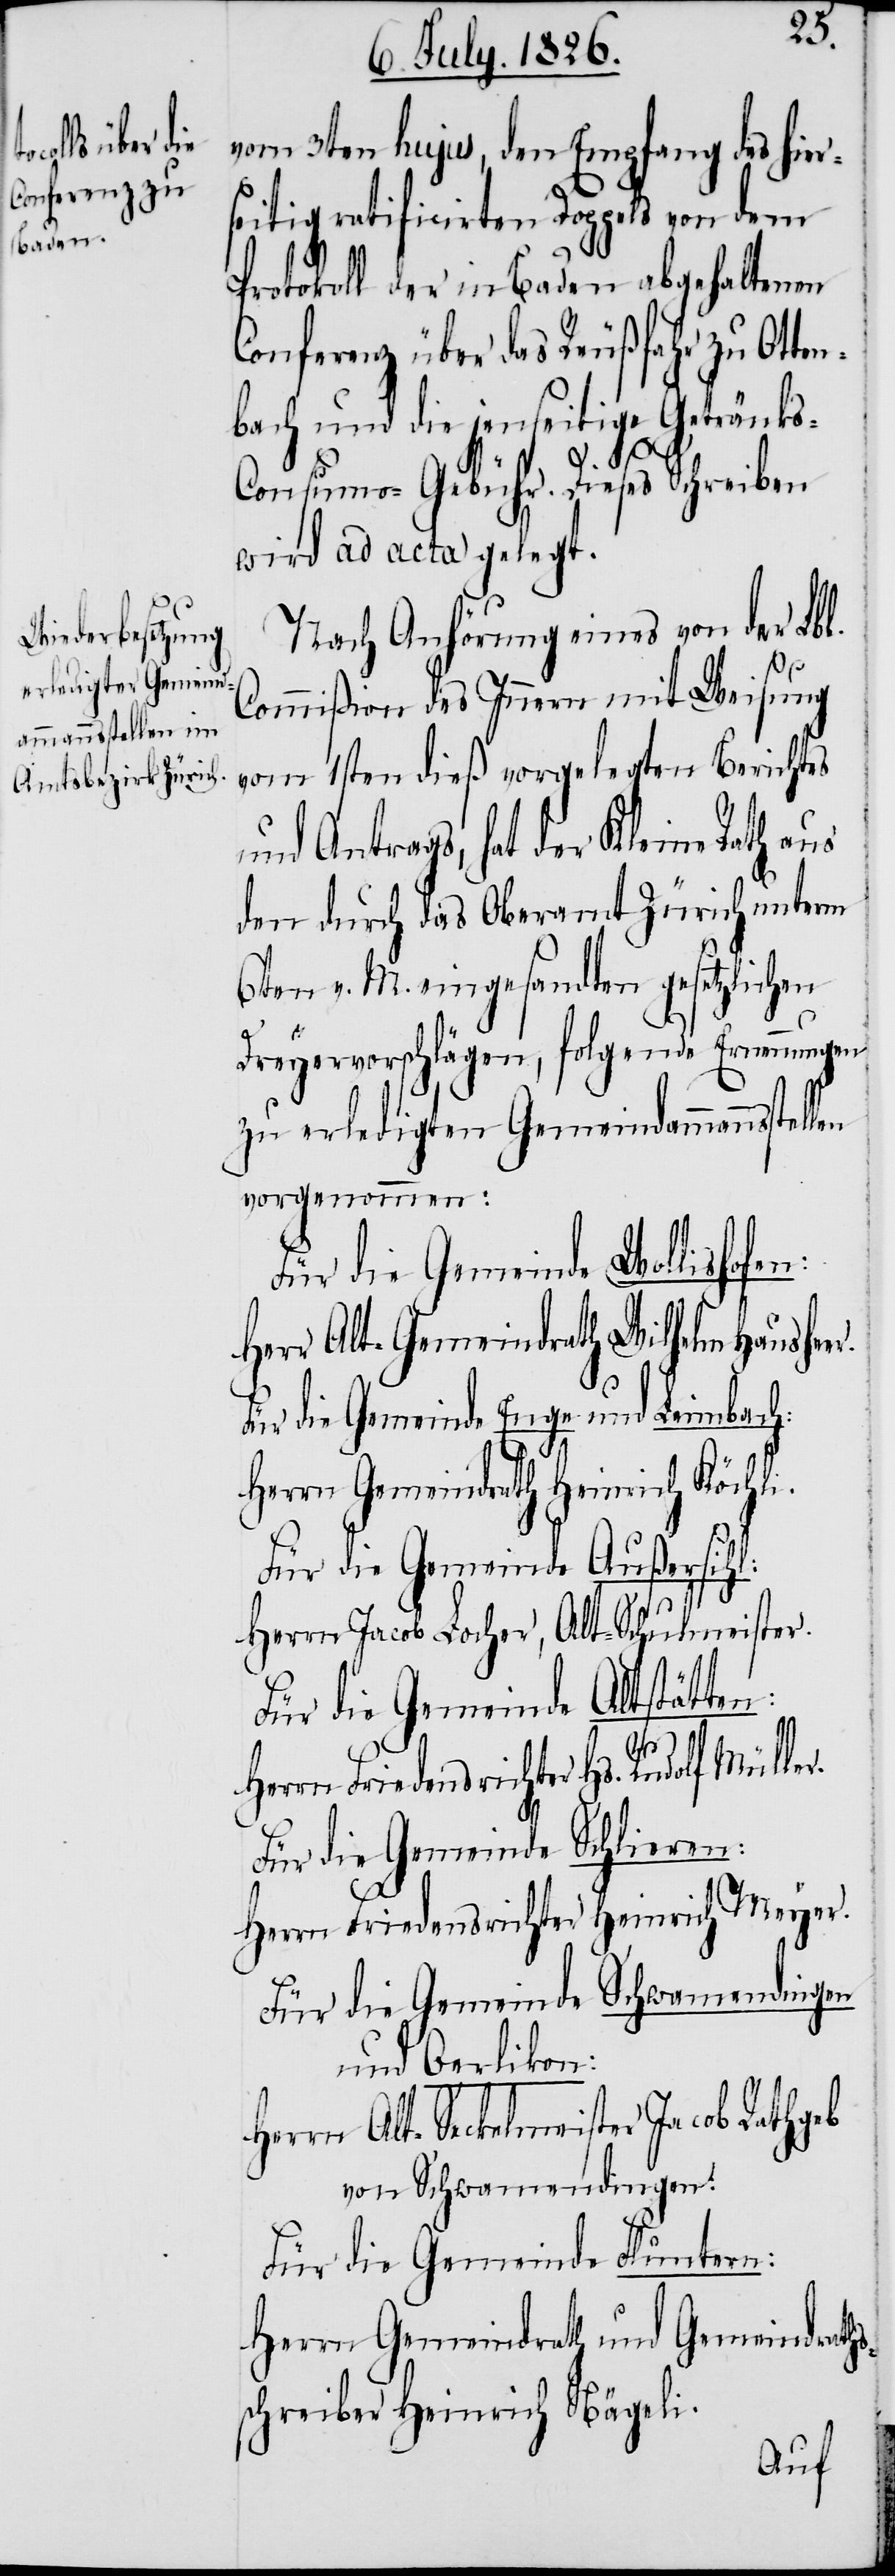
vom 3ten hujus, den Empfang des hier¬
seitig ratificirten Doppels von dem
Protokoll der in Baden abgehaltenen
Conferenz über das Reußfahr zu Otte¬
nbach und die jenseitige Getränk¬
s-Consumo-Gebühr. Dieses Schreiben
wird ad acta gelegt.
Nach Anhörung eins von der Lbl.
Commißion des Innern mit Weisung
vom 1sten dieß vorgelegten Berichtes
und Antrags, hat der Kleine Rath aus
den durch das Oberamt Zürich unterm
6ten v. M. eingesandten gesetzlichen
Dreyervorschlägen, folgende Ernennungen
zu erledigten Gemeindammannsstel¬
vorgenommen:
Für die Gemeinde Wollishofen:
Herr Alt-Gemeindrath Wilhelm Haushe¬
Für die Gemeinde Enge und Leimbach:
r.
Herrn Gemeindrath Heinrich Köchli.
Für die Gemeinde Außersihl:
Herrn Jacob Locher, Alt-Schulmeister.
Für die Gemeinde Altstätten:
er.
Herrn Friedensrichter Hs. Rudolf Mülle¬
Für die Gemeinde Schlieren:
Herrn Friedensrichter Heinrich Meyer.
Für die Gemeinde Schwamendingen
und Oerlikon:
Herrn Alt-Seckelmeister Jacob Rathgeb
von Schwamendingen.
Für die Gemeinde Fluntern:
Herrn Gemeindrath und Gemeindraths¬
schreiber Heinrich Nägeli.